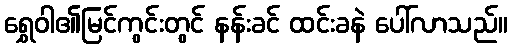
ရွှေဝါ၏မြင်ကွင်းတွင် နန်းခင် ထင်းခနဲ ပေါ်လာသည်။